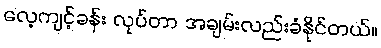
လေ့ကျင့်ခန်း လုပ်တာ အချမ်းလည်းခံနိုင်တယ်။